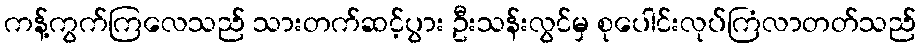
ကန့်ကွက်ကြလေသည် သားတက်ဆင့်ပွား ဦးသန်းလွင်မှ စုပေါင်းလုပ်ကြံလာတတ်သည်